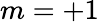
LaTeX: m=+1